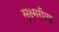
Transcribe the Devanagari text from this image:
सूक्ष्मरीत्या